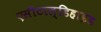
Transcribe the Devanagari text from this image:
एसीटाल्डिहाइड